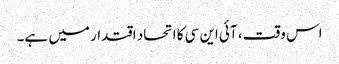
اس وقت، آئی این سی کا اتحاد اقتدار میں ہے۔